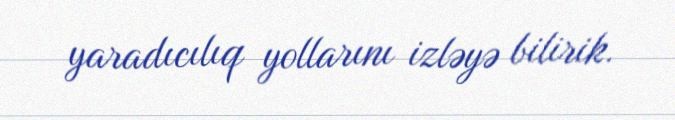
yaradıcılıq yollarını izləyə bilirik.